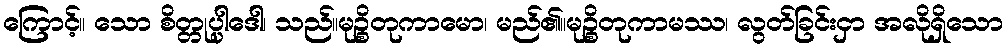
ကြောင့်။ သော စိတ္တုပ္ပါဒေါ၊ သည်။မုဉ္စိတုကာမော၊ မည်၏။မုဉ္စိတုကာမဿ၊ လွတ်ခြင်းငှာ အလိုရှိသော